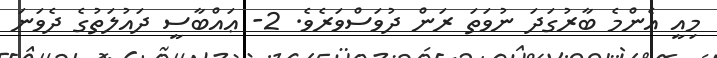
މިއީ އެންމެ ބާރުގަދަ ނުވަތަ ރަން ދުވަސްވަރެވެ. 2- ޢައްބާސީ ދައުލަތުގެ ދެވަނަ